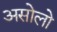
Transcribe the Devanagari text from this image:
असोलो